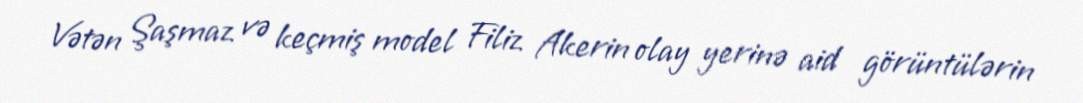
Vətən Şaşmaz və keçmiş model Filiz Akerin olay yerinə aid görüntülərin